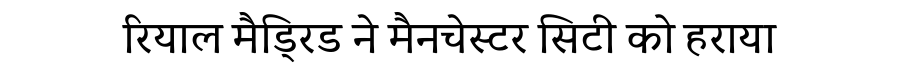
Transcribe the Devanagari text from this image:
रियाल मैड्रिड ने मैनचेस्टर सिटी को हराया